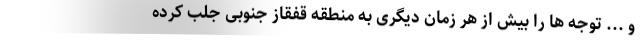
و ... توجه ها را بیش از هر زمان دیگری به منطقه قفقاز جنوبی جلب کرده